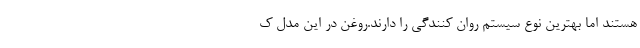
هستند اما بهترین نوع سیستم روان کنندگی را دارند.روغن در این مدل ک